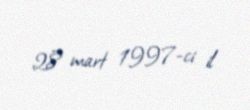
28 mart 1997-ci il